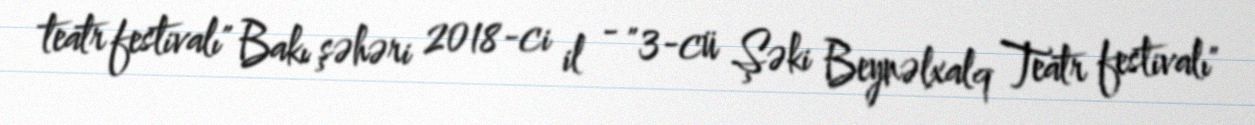
teatr festivalı" Bakı şəhəri 2018-ci il - "3-cü Şəki Beynəlxalq Teatr festivalı"